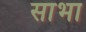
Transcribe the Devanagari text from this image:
साभा